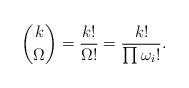
LaTeX: \begin{gather*} \binom{k}{\Omega} = \frac{k!}{\Omega!} = \frac{k!}{\prod \omega_i!}. \end{gather*}